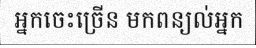
អ្នកចេះច្រើន មកពន្យល់អ្នក